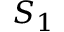
S _ { 1 }